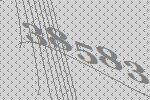
38583